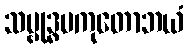
သမ္ဗုဒ္ဓမကုတောဘယံ